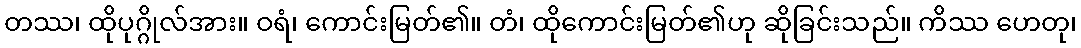
တဿ၊ ထိုပုဂ္ဂိုလ်အား။ ဝရံ၊ ကောင်းမြတ်၏။ တံ၊ ထိုကောင်းမြတ်၏ဟု ဆိုခြင်းသည်။ ကိဿ ဟေတု၊